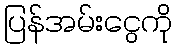
ပြန်အမ်းငွေကို